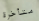
متأخرة